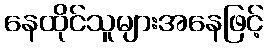
နေထိုင်သူများအနေဖြင့်